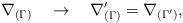
LaTeX: \begin{align*}\nabla_{(\Gamma)}\quad\rightarrow\quad\nabla^\prime_{(\Gamma)}=\nabla_{(\Gamma^\prime)},\end{align*}